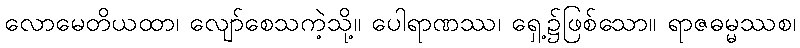
လောမေတိယထာ၊ လျော်စေသကဲ့သို့။ ပေါရာဏဿ၊ ရှေ့၌ဖြစ်သော။ ရာဇဓမ္မဿစ၊